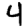
Digit: 4